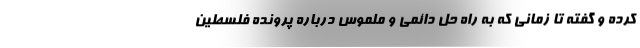
کرده و گفته تا زمانی‌ که به راه حل دائمی و ملموس درباره پرونده فلسطین